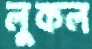
লুকল